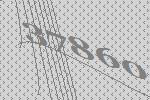
37860